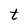
Character: t